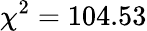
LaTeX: \chi^{2}=104.53